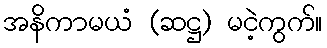
အနိကာမယံ (ဆဋ္ဌ) မငဲ့ကွက်။